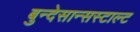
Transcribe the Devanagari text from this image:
बुन्देसान्सस्टाल्ट